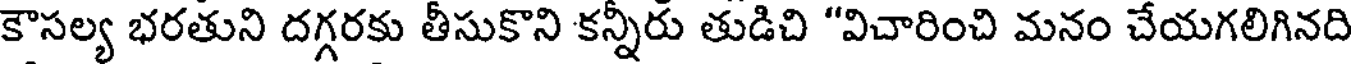
కౌసల్య భరతుని దగ్గరకు తీసుకొని కన్నీరు తుడిచి "విచారించి మనం చేయగలిగినది